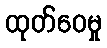
ထုတ်ဝေမှု